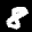
Label: 8